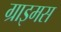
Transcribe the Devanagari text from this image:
ग्राइमस